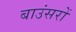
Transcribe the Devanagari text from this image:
बाउंसरों